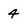
Character: 4